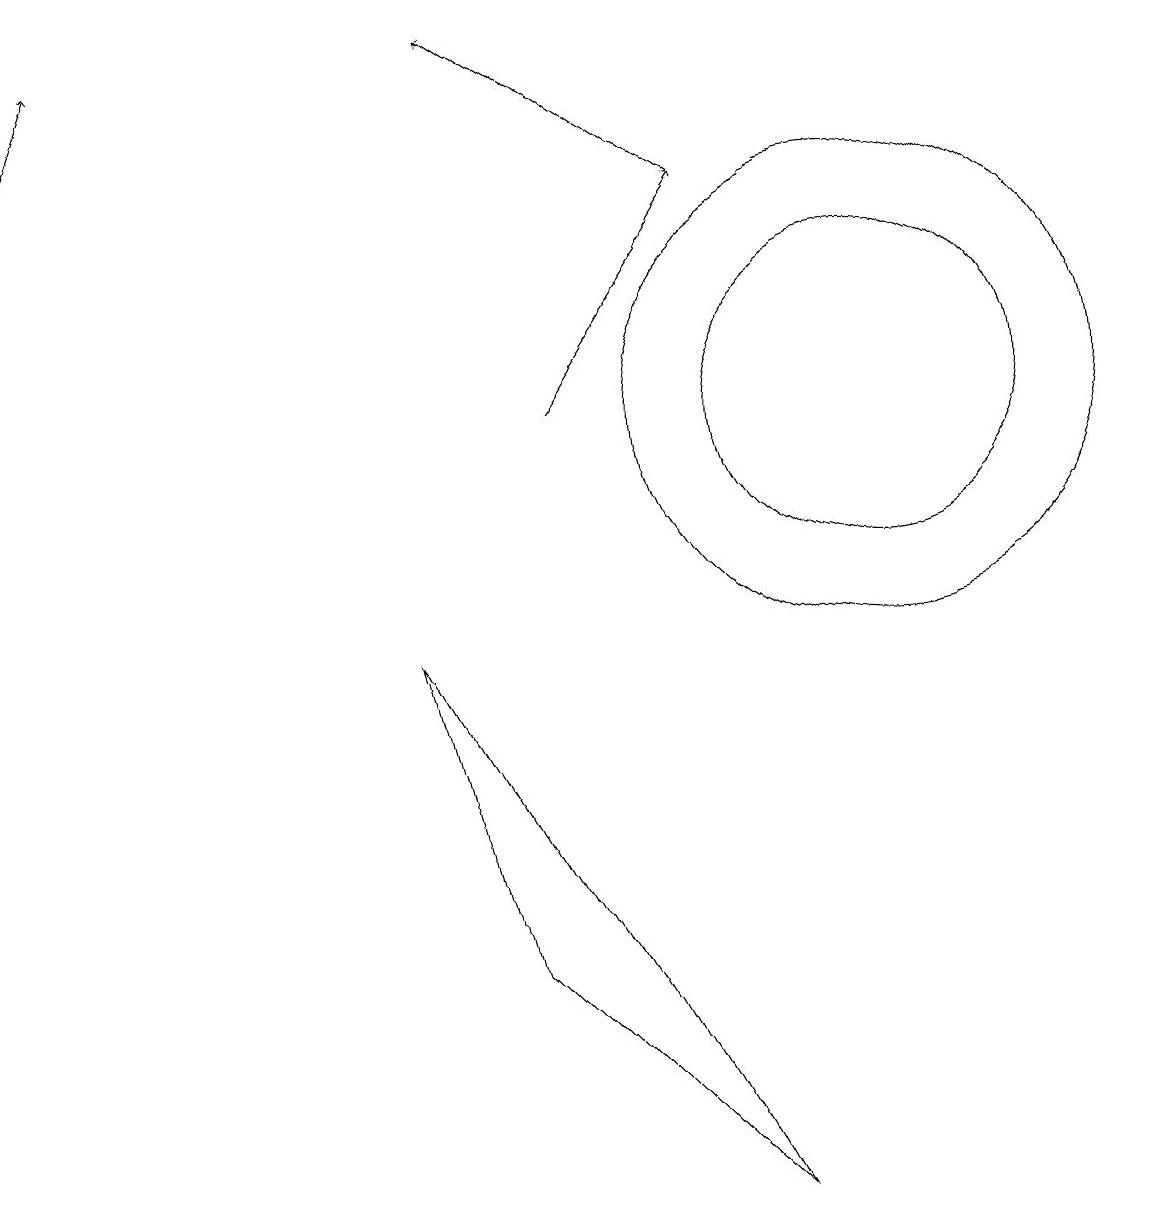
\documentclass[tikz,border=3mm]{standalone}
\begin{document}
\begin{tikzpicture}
\draw[->] (7,10) -- (9,13);
\draw (0,14) rectangle (0,12);
\draw (11,10) circle (3);
\draw[->] (0,12) -- (1,15);
\draw (5,7) -- (6,3) -- (9,0) -- cycle;
\draw (11,10) circle (2);
\draw[->] (9,13) -- (6,15);
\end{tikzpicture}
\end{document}